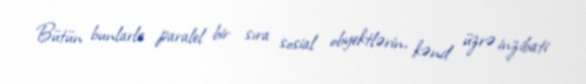
Bütün bunlarla paralel bir sıra sosial obyektlərin, kənd üzrə inzibati